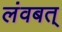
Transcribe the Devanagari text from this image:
लंवबत्‌